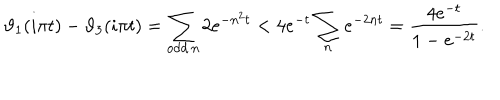
\vartheta _ { 1 } ( i \pi t ) - \vartheta _ { 3 } ( i \pi t ) = \sum _ { \mathrm { o d d } \, n } 2 e ^ { - n ^ { 2 } t } < 4 e ^ { - t } \sum _ { n } e ^ { - 2 n t } = \frac { 4 e ^ { - t } } { 1 - e ^ { - 2 t } } .